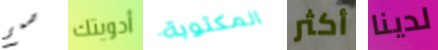
صمم أدويتك المكتوبة أكثر لدينا